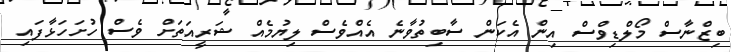
ބިޒްނާސް މޯލްޑިވްސް އިން އެކަން ސާބިތުވާނެ އެއްވެސް ލިޔުމެއް ޝަރީއަތަށް ވެސް ހުށަހަޅާފައި